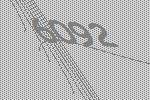
6092